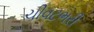
ચીવટભરી